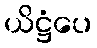
ယိဋ္ဌံပေ